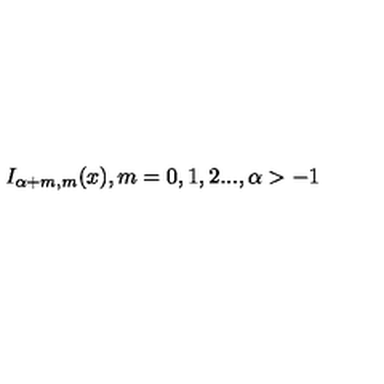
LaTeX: I _ { \alpha + m , m } ( x ) , m = 0 , 1 , 2 . . . , \alpha > - 1